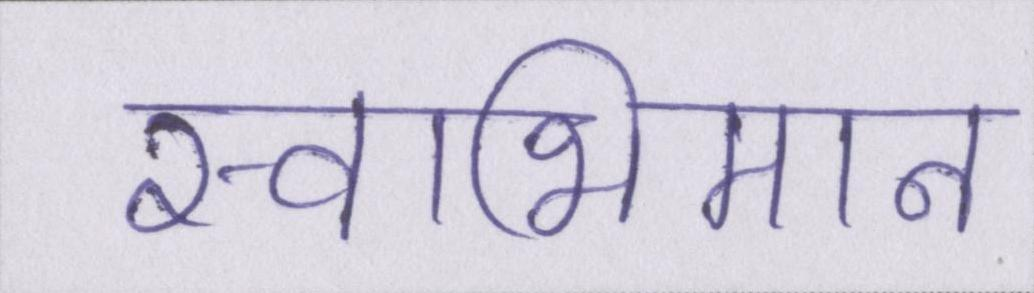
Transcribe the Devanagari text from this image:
स्वाभिमान